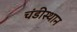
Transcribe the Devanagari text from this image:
चंडीस्‍थान